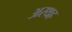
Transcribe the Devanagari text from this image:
अरथह